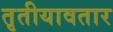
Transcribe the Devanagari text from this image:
तृतीयावतार